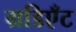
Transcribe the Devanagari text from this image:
ग्रडिएँट